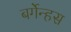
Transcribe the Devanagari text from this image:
बर्गेन्हस